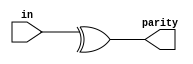
module top_module (
    input [7:0] in,
    output parity); 
	assign parity = ^in; // very useful when dealing with vectors!
endmodule